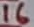
Text: 16